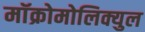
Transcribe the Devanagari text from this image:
मॉक्रोमोलिक्युल